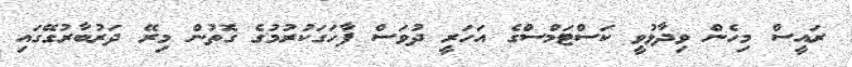
ރައީސް މިހެން ވިދާޅުވީ ކަސްޓަމްސްގެ އަހަރީ ދުވަސް ފާހަގަކުރުމުގެ ގޮތުން މިރޭ ދަރުބާރުގޭގައި